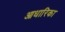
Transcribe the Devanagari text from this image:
आधारिका